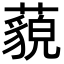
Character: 藐